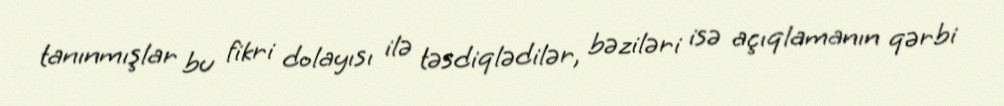
tanınmışlar bu fikri dolayısı ilə təsdiqlədilər, bəziləri isə açıqlamanın qərbi